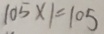
1 0 5 \times 1 = 1 0 5